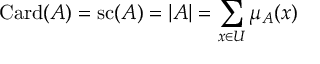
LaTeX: \operatorname { C a r d } ( A ) = \operatorname { s c } ( A ) = | A | = \sum _ { x \in { U } } \mu _ { A } ( x )